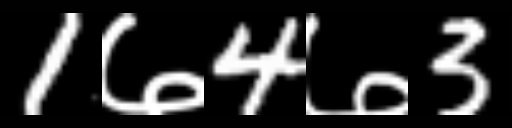
Text: 1७4७3